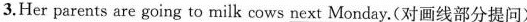
3.Her parents are going to milk cows \underline{next Monday} .(对画线部分提问)